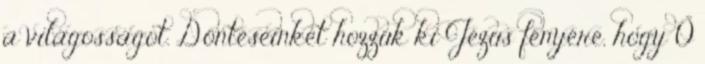
a világosságot. Döntéseinket hozzuk ki Jézus fényére, hogy Ő